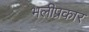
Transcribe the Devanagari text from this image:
भलीप्रकार